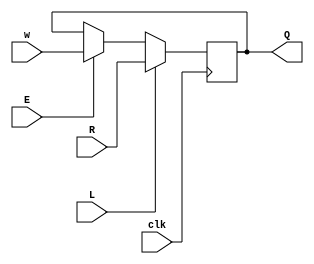
`timescale 1ns / 1ps

module mux_dff (
    input clk,
    input w, R, E, L,
    output reg Q
);

    wire temp1, temp2;

    assign temp1 = E ? w:Q; 
    assign temp2 = L ? R:temp1;
    //

    always @ (posedge clk)
        begin
           Q <= temp2; 
        end

endmodule




/*
module top_module (
    input clk,
    input reset,
    input [31:0] in,
    output [31:0] out
);

    reg [31:0] in_r;
    always @ (posedge clk)
        begin
            in_r <= in;
        end
    
    always @ (posedge clk) begin
        if (reset) begin
            out <= '0;
        end
        else begin
            //if (in_r & ~in)
            //	out <= in_r ^ in; // WHY NOT BITWISE COMPARE?
            for (int i = 0; i < $bits(in); i = i + 1)
                if (in_r[i] && ~in[i])
                    out[i] <= 1'b1;
        end
    end
endmodule
*/


/*
module top_module (
    input clk,
    input reset,
    input [3:1] s,
    output fr3,
    output fr2,
    output fr1,
    output dfr
);
    parameter B1 = 0, B12 = 1, B23 = 2, A3 = 3;
    reg [1:0] state_c, state_n;
    wire b1_b12_start, b12_b1_start, b12_b23_start, b23_b12_start, b23_a3_start, a3_b23_start;

always @ (posedge clk) begin
    if (reset) begin
        state_c <= s[1];
    end
    else begin
        state_c <= state_n;
    end
end
always @ (*) begin
    (* full_case = 1, parallel_case = 1 *)
    case(state_c)
        B1: begin
            if (b1_b12_start) begin
                state_n = B12;
            end
            else begin
                state_n = state_c;
            end
        end
        B12: begin
            if (b12_b23_start) begin
                state_n = B23;
            end
            else if (b12_b1_start) begin
                state_n = B1;
            end
            else begin
                state_n = state_c;
            end
        end
        B23: begin
            if (b23_a3_start) begin
                state_n = A3;
            end
            else if (b23_b12_start) begin
                state_n = B12;
            end
            else begin
                state_n = state_c;
            end
        end
        A3: begin
            if (a3_b23_start) begin
                state_n = B23;
            end
            else begin
                state_n = state_c;
            end
        end
        default: begin
            state_n = B1;
        end
    endcase
end
    assign b1_b12_start = state_c == B1 && s[1];
    assign b12_b1_start = state_c == B12 && ~s[1];
    assign b12_b23_start = state_c == B12 && s[2];
    assign b23_b12_start = state_c == B23 && ~s[2];
    assign b23_a3_start = state_c == B23 && s[3];
    assign a3_b23_start = state_c == A3 && ~s[3];

    reg state_lower
    always @(posedge clk)begin
        if (reset || state < state_next)
            state_lower <= 1'b0;
        else if (state > state_next)
            state_lower <= 1'b1;
    end

    reg dfr_on;
    always @ (posedge clk) begin
        if (reset)
            dfr_on <= 0;
        //else if (a3_b23_start | b23_b12_start | b12_b1_start)
        else if (state_c > state_n)
            dfr_on <= 1;
        else if (state_c < state_n)
        //else if (b1_b12_start | b12_b23_start | b23_a3_start)
            dfr_on <= 0;
	end
	assign dfr = state_c == B1 || dfr_on;

always @ (posedge clk) begin
    if (reset) begin
        {fr1, fr2, fr3} <= 3'b111;
    end
    else case(state_n)
        B1: begin
            {fr1, fr2, fr3} <= 3'b111;
        end
        B12: begin
            {fr1, fr2, fr3} <= 3'b110;
        end
        B23: begin
            {fr1, fr2, fr3} <= 3'b100;
        end
        A3: begin
            {fr1, fr2, fr3} <= 3'b000;
        end
        default: ;
    endcase
end
endmodule

*/